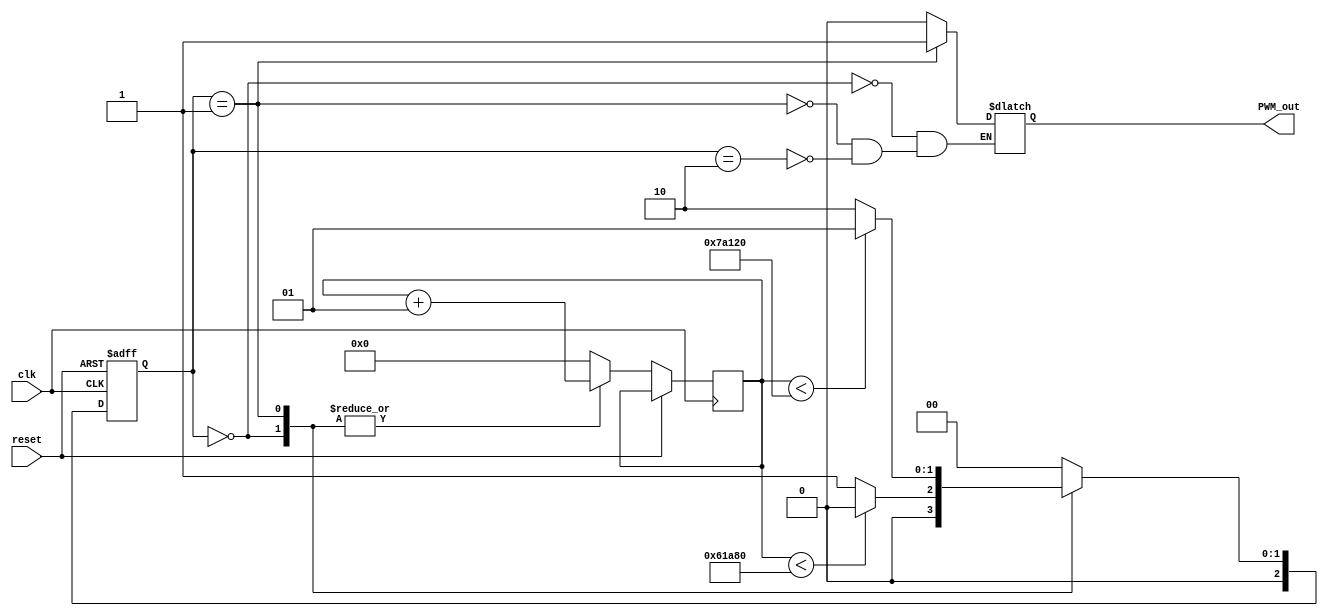
/*	This is a PWM with a fixed clock of 50Mhz
 *
 *	It will produce the output with 10ms of period
 *	with ON time for 2ms and OFF time for 8ms
 *
 */
module PWM ( clk, reset, PWM_out);

input clk, reset;
output reg PWM_out;
reg [2:0] state , next_state;
parameter start = 3'b000, toggle = 3'b001, resetCounter = 3'b010;
integer counter = 0;


always@(posedge clk, posedge reset)
begin
	if(reset)
		state <= start;
	else
		begin
		state <= next_state;
		case (state)
			start : counter <= counter + 1;
			toggle: counter <= counter + 1;
			resetCounter : counter <= 0;
			default : counter <= 0;
		endcase
		end
end


always@(state, counter)
	case(state)
		start	:begin
			 if( counter < 400000 )
				next_state = start;
			 else
				next_state = toggle;
			 end
		toggle	:begin
			 if( counter < 500000 )
				next_state = toggle;
			 else
				next_state = resetCounter;
			 end
				 
		resetCounter : next_state = start;
		               		
		default	: next_state = start;
	endcase	


always @ (state)
	case (state)
		start : PWM_out = 0;

		toggle: PWM_out = 1;
				
		resetCounter : PWM_out = 0;


	endcase



endmodule